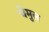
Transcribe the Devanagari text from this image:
चेमुल